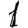
Digit: 1